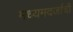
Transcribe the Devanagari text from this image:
मध्यमदर्जाची